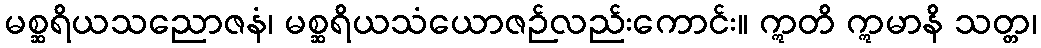
မစ္ဆရိယသညောဇနံ၊ မစ္ဆရိယသံယောဇဉ်လည်းကောင်း။ ဣတိ ဣမာနိ သတ္တ၊